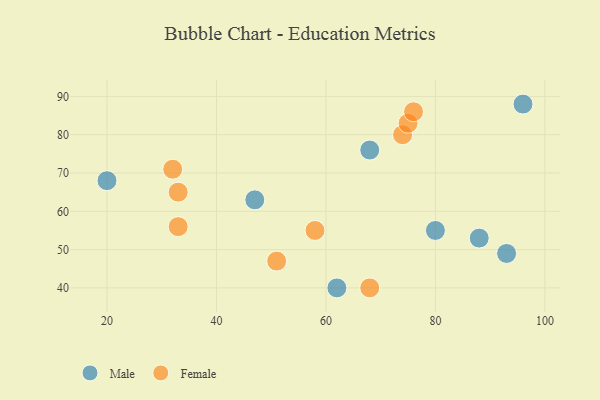
{"axis": {"x": "GDP", "y": "Life Expectancy"}, "legend": ["Female", "Male"], "data": [{"x": "93", "y": 49, "type": "Male"}, {"x": "47", "y": 63, "type": "Male"}, {"x": "68", "y": 76, "type": "Male"}, {"x": "20", "y": 68, "type": "Male"}, {"x": "96", "y": 88, "type": "Male"}, {"x": "80", "y": 55, "type": "Male"}, {"x": "88", "y": 53, "type": "Male"}, {"x": "62", "y": 40, "type": "Male"}, {"x": "33", "y": 65, "type": "Female"}, {"x": "58", "y": 55, "type": "Female"}, {"x": "74", "y": 80, "type": "Female"}, {"x": "68", "y": 40, "type": "Female"}, {"x": "32", "y": 71, "type": "Female"}, {"x": "33", "y": 56, "type": "Female"}, {"x": "75", "y": 83, "type": "Female"}, {"x": "51", "y": 47, "type": "Female"}, {"x": "76", "y": 86, "type": "Female"}]}